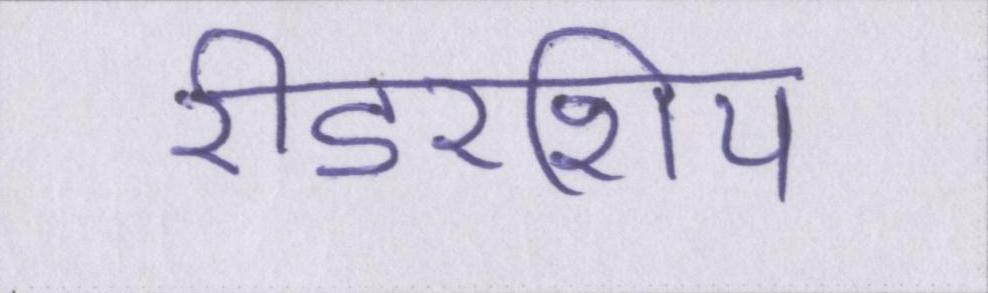
रीडरशिप